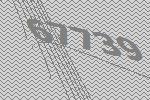
67739